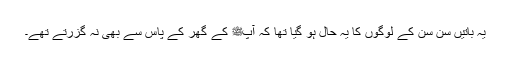
یہ باتیں سن سن کے لوگوں کا یہ حال ہو گیا تھا کہ آپﷺ کے گھر کے پاس سے بھی نہ گزرتے تھے۔